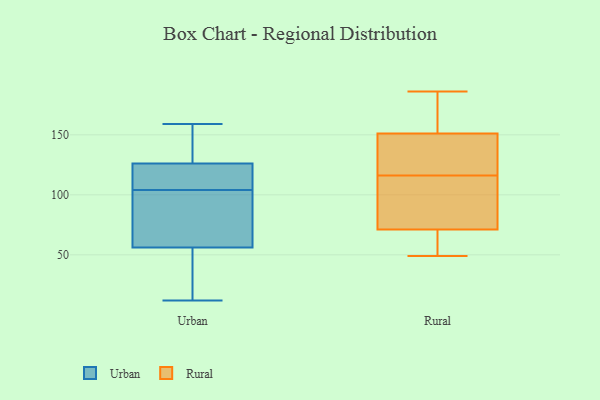
{"axis": {"x": "Revenue (USD Million)", "y": "Value"}, "legend": ["Rural", "Urban"], "data": [{"x": "", "y": 159, "type": "Urban"}, {"x": "", "y": 96, "type": "Urban"}, {"x": "", "y": 114, "type": "Urban"}, {"x": "", "y": 52, "type": "Urban"}, {"x": "", "y": 137, "type": "Urban"}, {"x": "", "y": 56, "type": "Urban"}, {"x": "", "y": 82, "type": "Urban"}, {"x": "", "y": 112, "type": "Urban"}, {"x": "", "y": 12, "type": "Urban"}, {"x": "", "y": 126, "type": "Urban"}, {"x": "", "y": 141, "type": "Rural"}, {"x": "", "y": 151, "type": "Rural"}, {"x": "", "y": 92, "type": "Rural"}, {"x": "", "y": 112, "type": "Rural"}, {"x": "", "y": 49, "type": "Rural"}, {"x": "", "y": 62, "type": "Rural"}, {"x": "", "y": 186, "type": "Rural"}, {"x": "", "y": 170, "type": "Rural"}, {"x": "", "y": 120, "type": "Rural"}, {"x": "", "y": 71, "type": "Rural"}]}